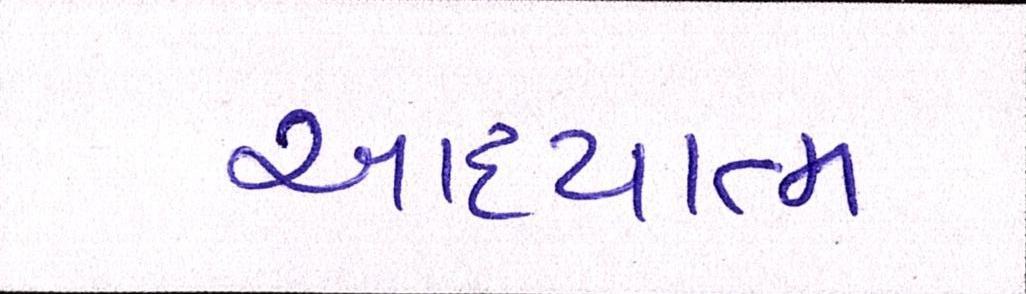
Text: આધ્યાત્મ